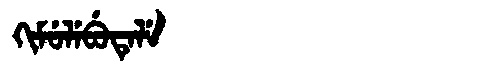
Manchu: ᡴᡳᠮᡠᠯᡝᠪᡠᡨᡝᠯᡝ
Romanization: KIMULEBUTELE